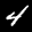
Label: 4